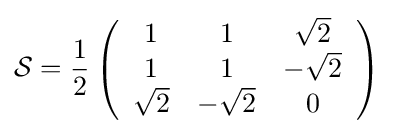
{\mathcal {S}}={\frac {1}{2}}\left({\begin{array}{ccc}1&1&{\sqrt {2}}\\1&1&-{\sqrt {2}}\\{\sqrt {2}}&-{\sqrt {2}}&0\end{array}}\right)